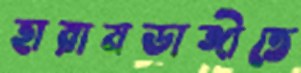
হারামডাঙ্গীতে